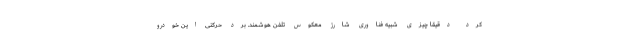
کرد دقیقا چیزی شبیه فناوری شارژ معکوس تلفن هوشمند. برد حرکتی این خودرو